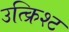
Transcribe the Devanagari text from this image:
उत्क्रिश्ट